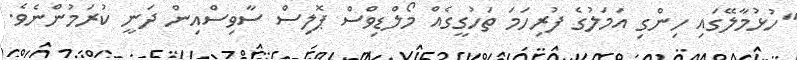
"ހުޅުމާލޭގައި ހިންގި އަމަލުގެ ފުރިހަމަ ތަހުގީގެއް މޯލްޑިވްސް ޕޮލިސް ސާވިސްއިން ދަނީ ކުރަމުންނެވެ.